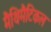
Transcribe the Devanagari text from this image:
मैथिमैटिकल